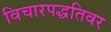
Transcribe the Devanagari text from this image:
विचारपद्धतिवर